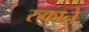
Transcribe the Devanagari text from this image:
रुकाने